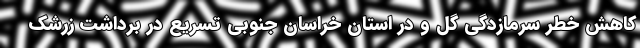
کاهش خطر سرمازدگی گل و در استان خراسان جنوبی تسریع در برداشت زرشک